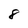
Character: 8